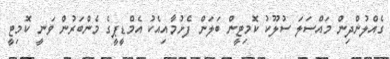
ގެއްލުންދިން މައްސަލަ ސުލޫކު ކޮމިޓީން ބަލަން ފެށުމާއިއެކު އެމްޑީޕީގެ މެންބަރުން ވަނީ ކޮމިޓީ